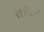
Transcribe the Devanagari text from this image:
सेविछे